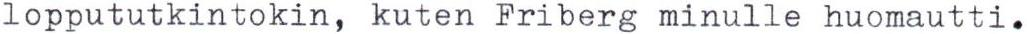
loppututkintokin, kuten Friberg minulle huomautti.